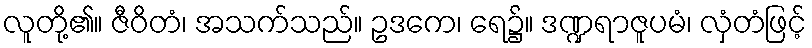
လူတို့၏။ ဇီဝိတံ၊ အသက်သည်။ ဥဒကေ၊ ရေ၌။ ဒဏ္ဍရာဇူပမံ၊ လှံတံဖြင့်